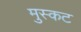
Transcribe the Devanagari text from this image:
मुस्कट